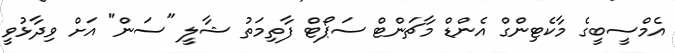
އެމްސީބީގެ މާކެޓިންގް އެންޑް މާޗަންޓް ސަޕޯޓް ފާތިމަތު ޝާލީ "ސަން" އަށް ވިދާޅުވީ